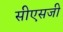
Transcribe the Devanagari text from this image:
सीएसजी